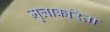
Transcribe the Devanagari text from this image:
मुलाकरिता